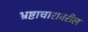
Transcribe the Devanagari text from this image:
भ्रष्टाचारावरील